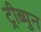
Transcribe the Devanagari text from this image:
ट्रीब्युन